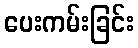
ပေးကမ်းခြင်း